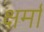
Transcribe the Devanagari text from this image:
क्षर्मा